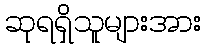
ဆုရရှိသူများအား